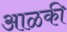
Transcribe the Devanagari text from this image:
आळकी